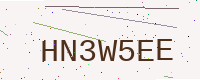
Text: HN3W5EE